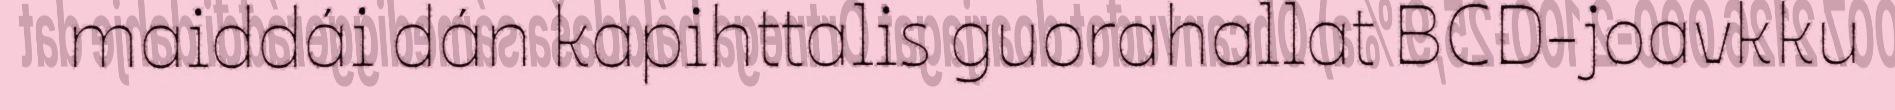
maiddái dán kapihttalis guorahallat BCD-joavkku